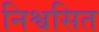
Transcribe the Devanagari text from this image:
निश्वसित